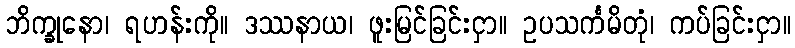
ဘိက္ခုနော၊ ရဟန်းကို။ ဒဿနာယ၊ ဖူးမြင်ခြင်းငှာ။ ဥပသင်္ကမိတုံ၊ ကပ်ခြင်းငှာ။